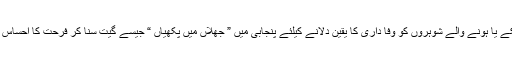
گرمی کی ایسی ہی شدّت میں بجلی فیل ہونے پر خواتین اپنے ہو چکے یا ہونے والے شوہروں کو وفا داری کا یقین دلانے کیلئے پنجابی میں ” جھلّاں میں پکھیاں “ جیسے گیت سُنا کر فرحت کا احساس دلاتی ہیں ، جس سے دونوں میں رومانوی جذبات فروغ پاتے ہیں ۔